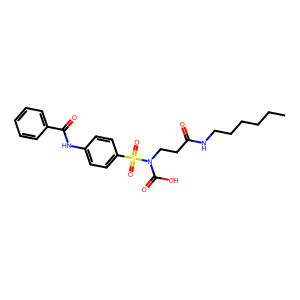
SMILES: CCCCCCNC(=O)CCN(C(=O)O)S(=O)(=O)c1ccc(NC(=O)c2ccccc2)cc1
Inhibits HIV replication: No